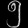
Digit: ၅